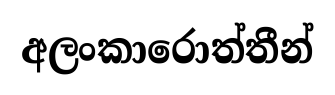
අලංකාරොත්තීන්